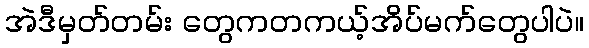
အဲဒီမှတ်တမ်း တွေကတကယ့်အိပ်မက်တွေပါပဲ။